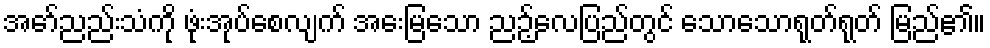
အော်ညည်းသံကို ဖုံးအုပ်စေလျက် အေးမြသော ညဉ့်လေပြည်တွင် သောသောရုတ်ရုတ် မြည်၏။